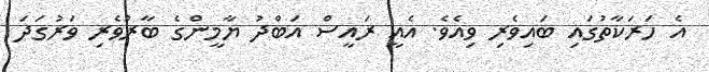
އެ ހަރަކާތުގައި ބަައިވެރި ވިއެވެ. އެއީ ރައީސް އަބްދު ޔާމީންގެ ބާރުވެރި ވަރުގަދަ